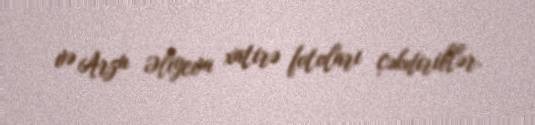
və Arzu Əliyeva xatirə fotoları çəkdiriblər.